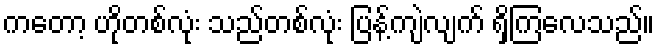
ကတော့ ဟိုတစ်လုံး သည်တစ်လုံး ပြန့်ကျဲလျက် ရှိကြလေသည်။